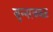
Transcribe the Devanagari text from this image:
जुन्नरजवळ